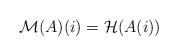
LaTeX: \begin{align*}\mathcal{M}(A)(i)=\mathcal{H}(A(i))\end{align*}